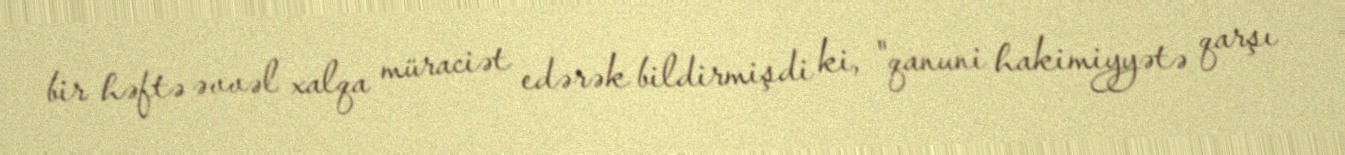
bir həftə əvvəl xalqa müraciət edərək bildirmişdi ki, "qanuni hakimiyyətə qarşı